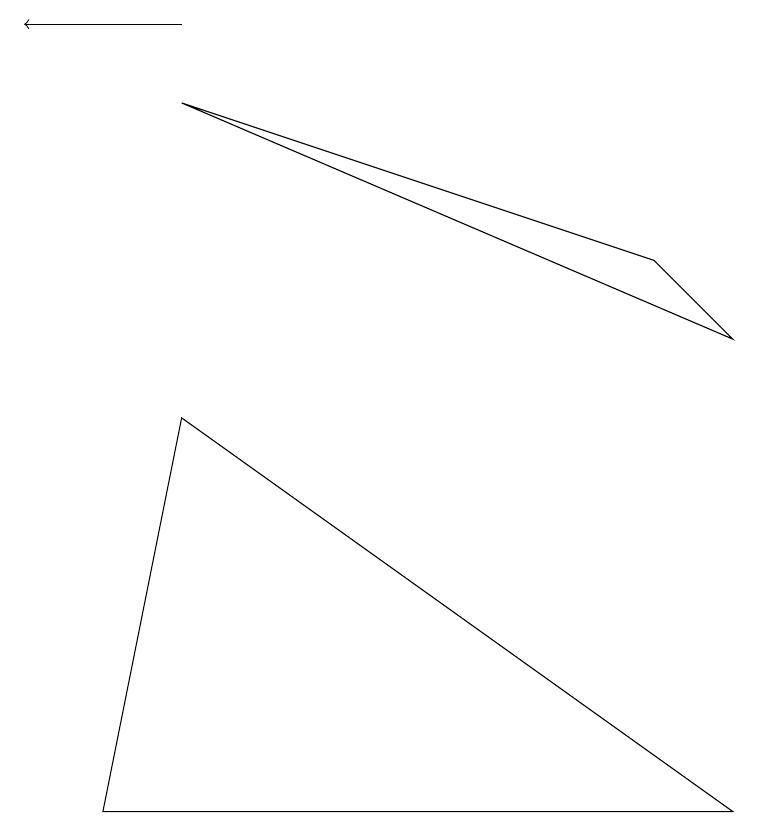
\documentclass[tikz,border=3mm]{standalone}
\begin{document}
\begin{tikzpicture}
\draw[->] (2,10) -- (0,10);
\draw (2,5) -- (1,0) -- (9,0) -- cycle;
\draw (2,9) -- (8,7) -- (9,6) -- cycle;
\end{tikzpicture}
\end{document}